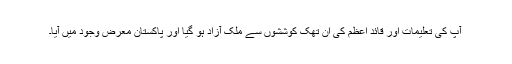
آپ کی تعلیمات اور قائد اعظم کی ان تھک کوششوں سے ملک آزاد ہو گیا اور پاکستان معرض وجود میں آیا۔